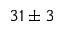
3 1 \pm 3